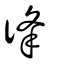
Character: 𢓱